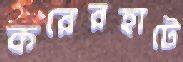
করেরহাটে